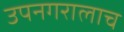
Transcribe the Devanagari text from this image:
उपनगरालाच